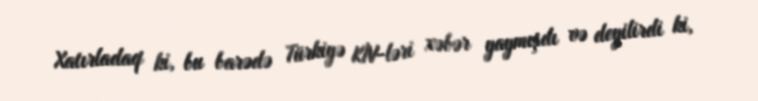
Xatırladaq ki, bu barədə Türkiyə KİV-ləri xəbər yaymışdı və deyilirdi ki,